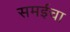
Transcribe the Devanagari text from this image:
समईचा